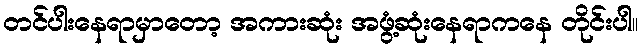
တင်ပါးနေရာမှာတော့ အကားဆုံး အဖွံ့ဆုံးနေရာကနေ တိုင်းပါ။